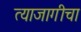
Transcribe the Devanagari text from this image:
त्याजागीचा